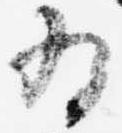
為